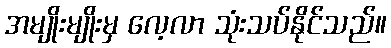
အမျိုးမျိုးမှ လေ့လာ သုံးသပ်နိုင်သည်။